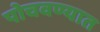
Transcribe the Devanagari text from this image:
पोचवण्यात